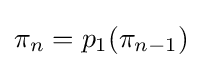
\pi _{n}=p_{1}(\pi _{n-1})